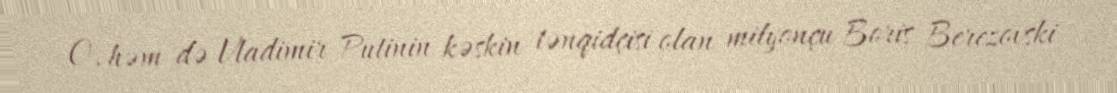
O, həm də Vladimir Putinin kəskin tənqidçisi olan milyonçu Boris Berezovski